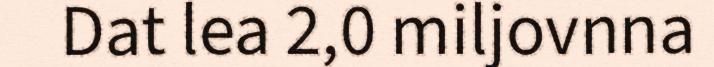
Dat lea 2,0 miljovnna